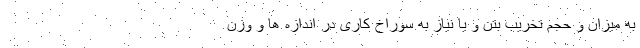
به میزان و حجم تخریب بتن و یا نیاز به سوراخ کاری در اندازه ها و وزن